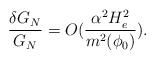
\begin{align*}\frac{\delta G_N}{G_N}=O(\frac{\alpha^2 H^2_e}{m^2(\phi_0)}).\end{align*}